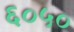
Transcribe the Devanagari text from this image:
६०५०